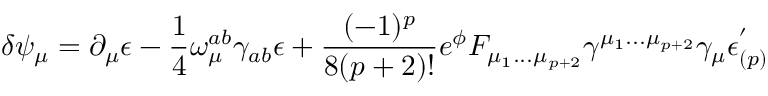
\delta \psi _ { \mu } = \partial _ { \mu } \epsilon - { \frac { 1 } { 4 } } \omega _ { \mu } ^ { a b } \gamma _ { a b } \epsilon + { \frac { ( - 1 ) ^ { p } } { 8 ( p + 2 ) ! } } e ^ { \phi } F _ { \mu _ { 1 } . . . \mu _ { p + 2 } } \gamma ^ { \mu _ { 1 } . . . \mu _ { p + 2 } } \gamma _ { \mu } \epsilon _ { ( p ) } ^ { ' }